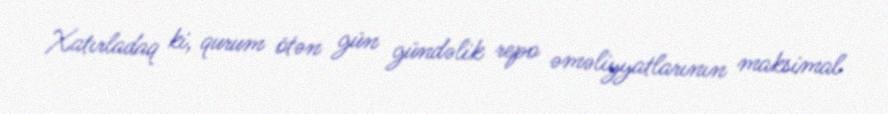
Xatırladaq ki, qurum ötən gün gündəlik repo əməliyyatlarının maksimal